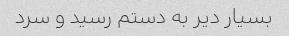
بسیار دیر به دستم رسید و سرد